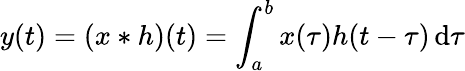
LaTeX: y(t)=(x*h)(t)=\int_{a}^{b}x(\tau)h(t-\tau)\, \mathrm{d}\tau